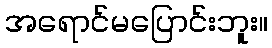
အရောင်မပြောင်းဘူး။